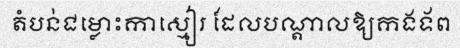
តំបន់ជម្លោះកាស្មៀរ ដែលបណ្តាលឱ្យកងទ័ព